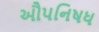
ઔપનિષધ